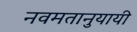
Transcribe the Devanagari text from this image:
नवमतानुयायी